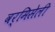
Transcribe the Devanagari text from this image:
वर्मिसेली